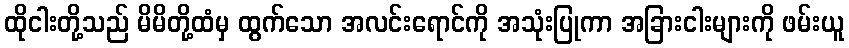
ထိုငါးတို့သည် မိမိတို့ထံမှ ထွက်သော အလင်းရောင်ကို အသုံးပြုကာ အခြားငါးများကို ဖမ်းယူ